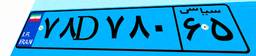
۵۵D۳۰۷۴۹